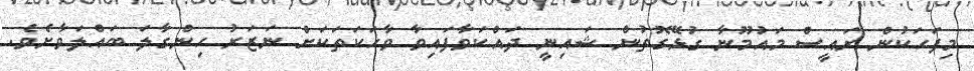
މިފަހަކުން ރައީސް މައުމޫނާ ގުޅޭގޮތުން ޝައިނީ ދައްކަވާފައިވާ ވާހަކަތަކަށް ނަޒަރު ހިންގާލަ ބައްލަވާށެވެ.